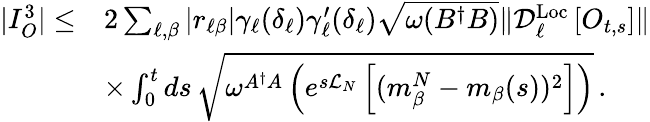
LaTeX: \begin{array}{rl}{|I_{O}^{3}|\le}&{2\sum_{\ell,\beta}|r_{\ell\beta}|\gamma_{\ell}(\delta_{\ell})\gamma_{\ell}^{\prime}(\delta_{\ell})\sqrt{\omega(B^{\dagger}B)}\| \mathcal{D}_{\ell}^{\mathrm{Loc}}\left[O_{t,s}\right]\| }\\ &{\times\int_{0}^{t}ds\, \sqrt{\omega^{A^{\dagger}A}\left(e^{s\mathcal{L}_{N}}\left[(m_{\beta}^{N}-m_{\beta}(s))^{2}\right]\right)}\, .}\end{array}